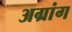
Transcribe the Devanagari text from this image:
अग्रांग